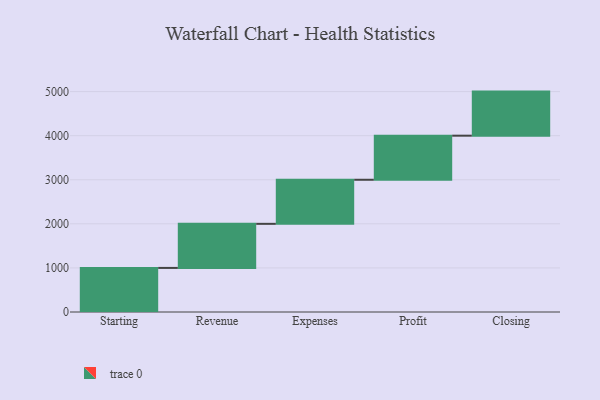
{"axis": {"x": "Step", "y": "Value"}, "legend": [""], "data": [{"x": "Starting", "y": 1000, "type": ""}, {"x": "Revenue", "y": 1000, "type": ""}, {"x": "Expenses", "y": 1000, "type": ""}, {"x": "Profit", "y": 1000, "type": ""}, {"x": "Closing", "y": 1000, "type": ""}]}